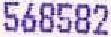
568582